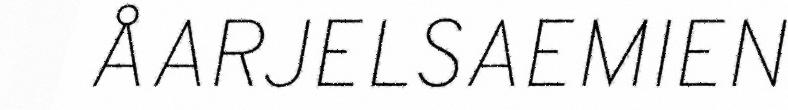
ÅARJELSAEMIEN